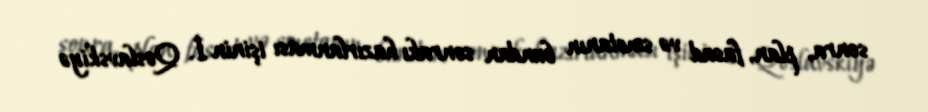
sonra, plan, fasad və smetanın bundan sonrakı hazırlanması işinin İ. Qoslavskiyə